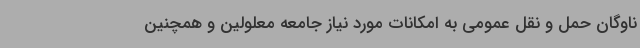
ناوگان حمل و نقل عمومی به امکانات مورد نیاز جامعه معلولین و همچنین